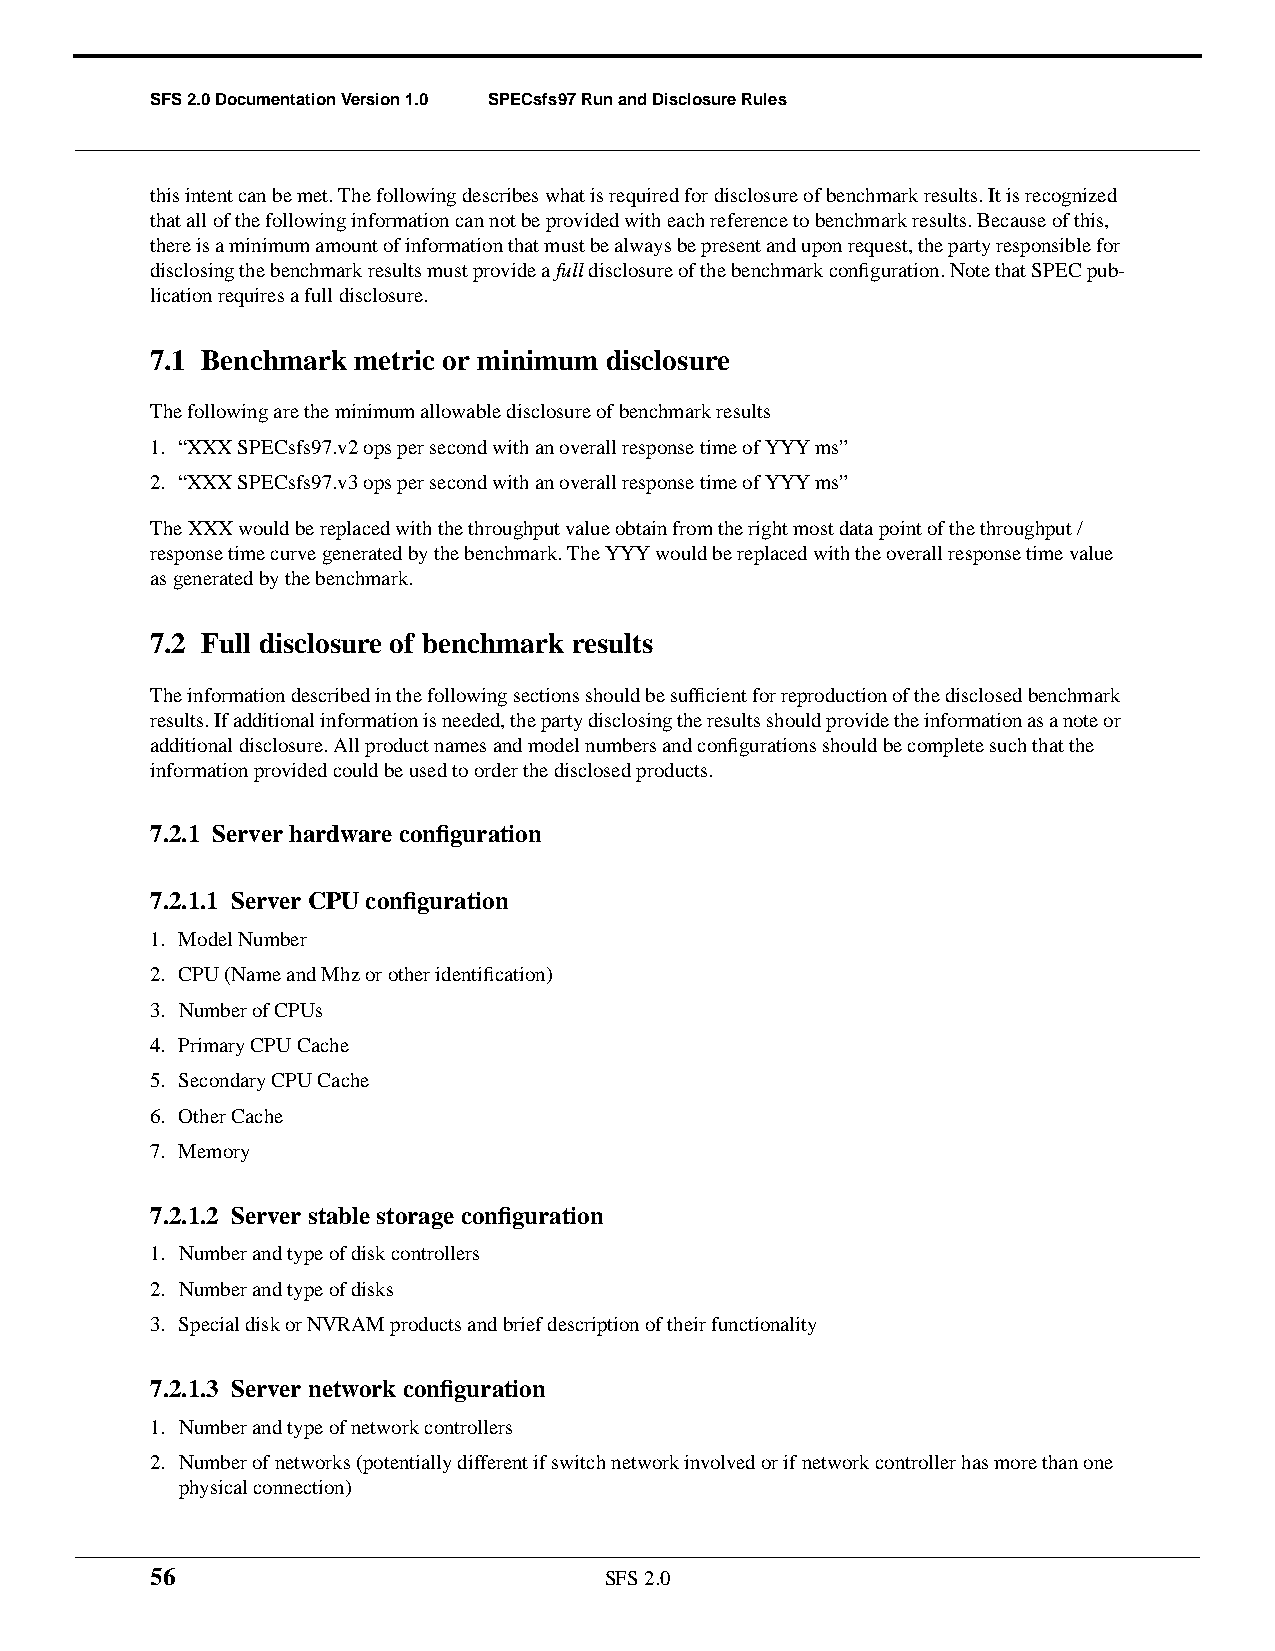
SFS 2.0 Documentation Version 1.0 SPECsfs97 Run and Disclosure Rules
 this intent can be met. The following describes what is required for disclosure of benchmark results. It is recognized
 that all of the following information can not be provided with each reference to benchmark results. Because of this,
 there is a minimum amount of information that must be always be present and upon request, the party responsible for
 disclosing the benchmark results must provide afull disclosure of the benchmark configuration. Note that SPEC pub-
 lication requires a full disclosure.
 7.1 Benchmark metric or minimum disclosure
 The following are the minimum allowable disclosure of benchmark results
 1. “XXX SPECsfs97.v2 ops per second with an overall response time of YYY ms”
 2. “XXX SPECsfs97.v3 ops per second with an overall response time of YYY ms”
 The XXX would be replaced with the throughput value obtain from the right most data point of the throughput /
 response time curve generated by the benchmark. The YYY would be replaced with the overall response time value
 as generated by the benchmark.
 7.2 Full disclosure of benchmark results
 The information described in the following sections should be sufficient for reproduction of the disclosed benchmark
 results. If additional information is needed, the party disclosing the results should provide the information as a note or
 additional disclosure. All product names and model numbers and configurations should be complete such that the
 information provided could be used to order the disclosed products.
 7.2.1 Server hardware configuration
 7.2.1.1 Server CPU configuration
 1. Model Number
 2. CPU (Name and Mhz or other identification)
 3. Number of CPUs
 4. Primary CPU Cache
 5. Secondary CPU Cache
 6. Other Cache
 7. Memory
 7.2.1.2 Server stable storage configuration
 1. Number and type of disk controllers
 2. Number and type of disks
 3. Special disk or NVRAM products and brief description of their functionality
 7.2.1.3 Server network configuration
 1. Number and type of network controllers
 2. Number of networks (potentially different if switch network involved or if network controller has more than one
 physical connection)
 56                            SFS 2.0